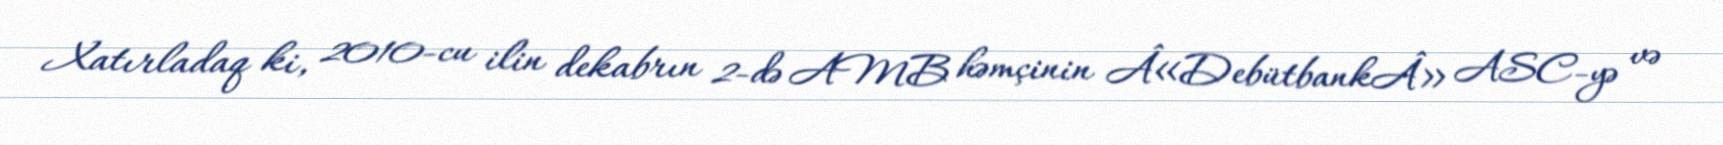
Xatırladaq ki, 2010-cu ilin dekabrın 2-də AMB həmçinin Â«DebütbankÂ» ASC-yə və